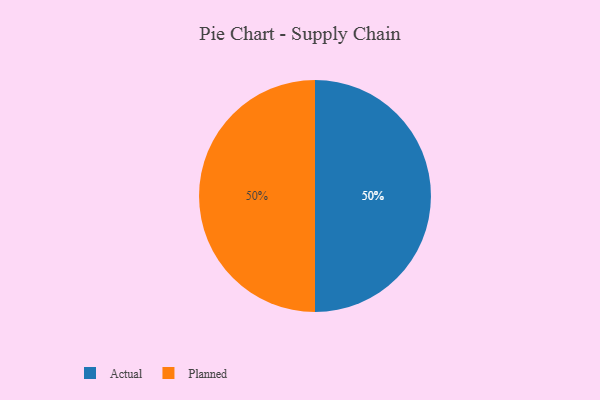
{"axis": {"x": "Category", "y": "Percentage"}, "legend": ["Actual", "Planned"], "data": [{"x": "Actual", "y": 50, "type": "Actual"}, {"x": "Planned", "y": 50, "type": "Planned"}]}